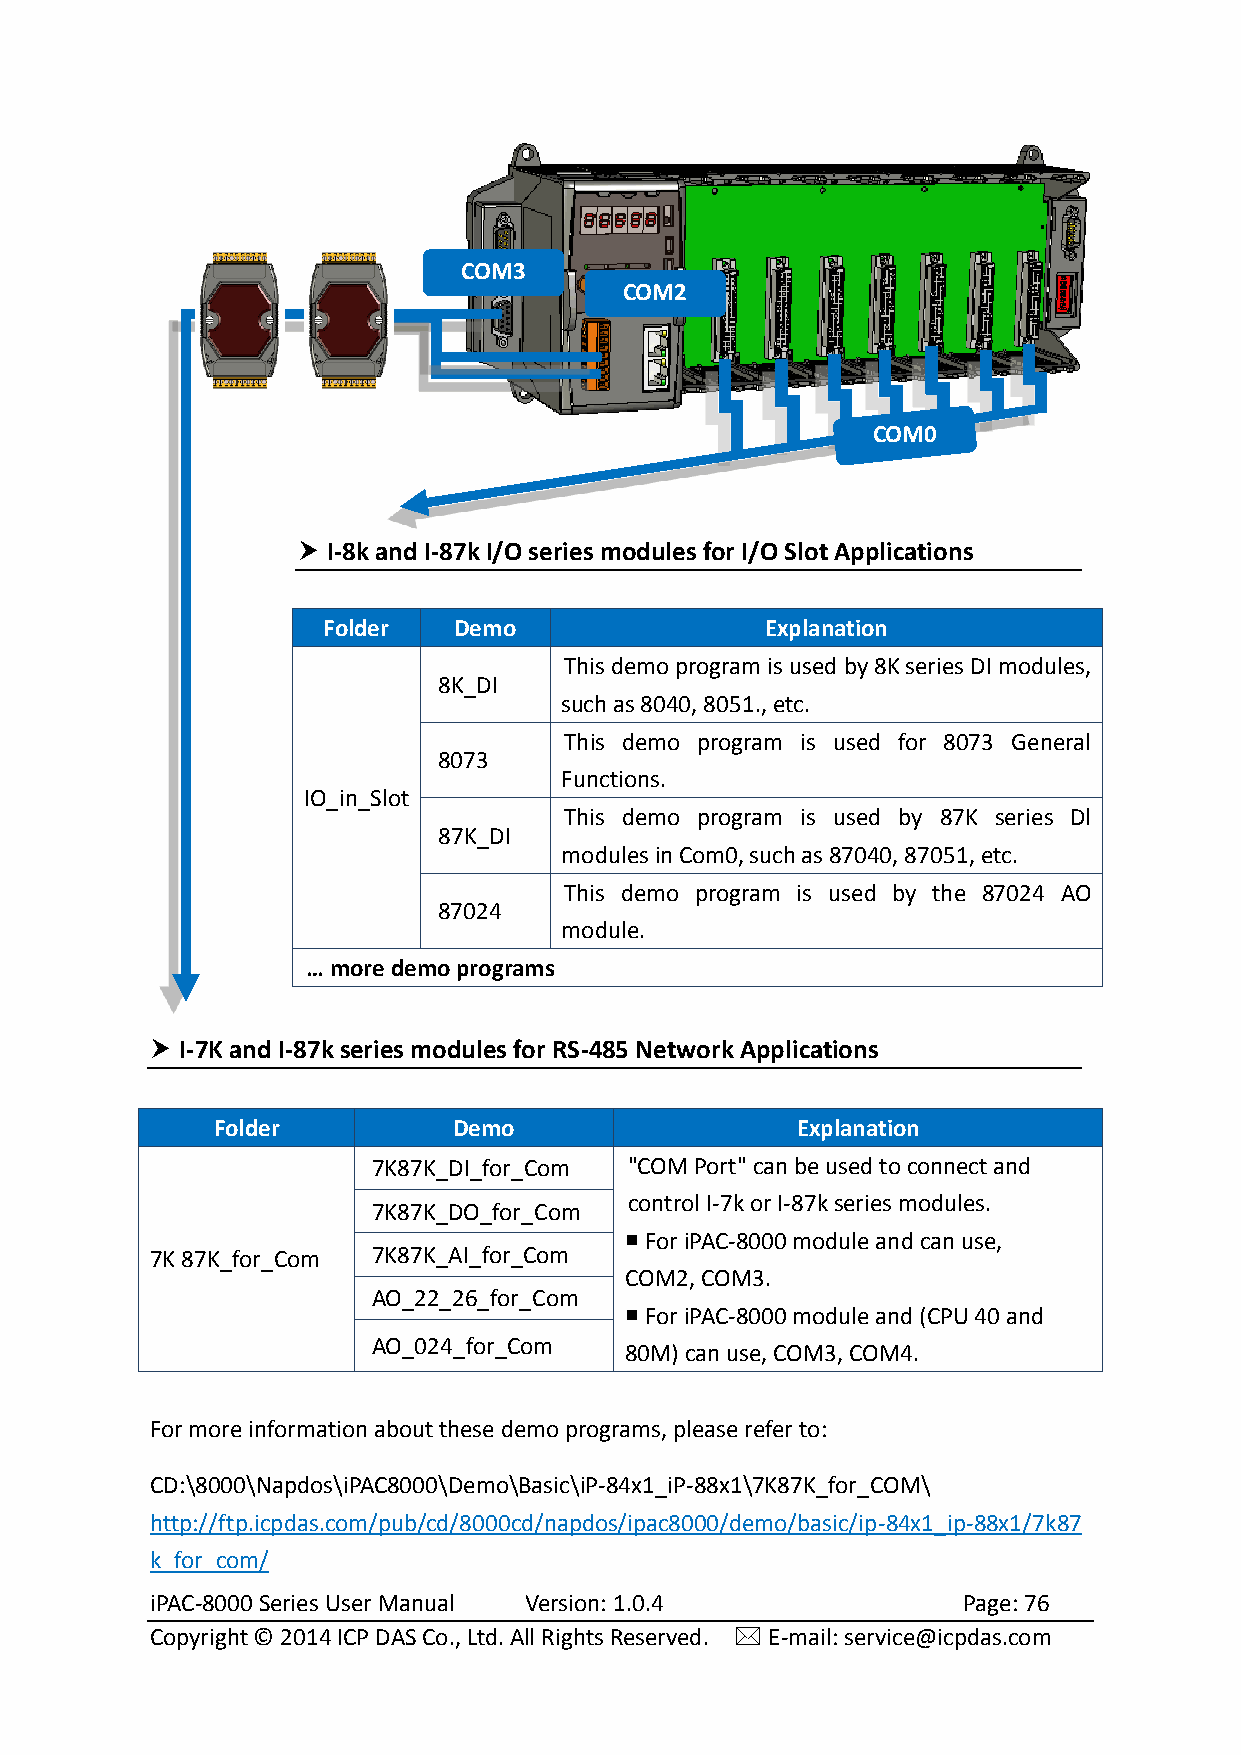
COM3
 COM2
 COM0
  I-8k and I-87k I/O series modules for I/O Slot Applications
 Folder   Demo                 Explanation
 This demo program is used by 8K series DI modules,
 8K_DI
 such as 8040, 8051., etc.
 This demo program is used for 8073 General
 8073
 Functions.
 IO_in_Slot
 This demo program is used by 87K series Dl
 87K_DI
 modules in Com0, such as 87040, 87051, etc.
 This demo program is used by the 87024 AO
 87024
 module.
 … more demo programs
  I-7K and I-87k series modules for RS-485 Network Applications
 Folder          Demo                   Explanation
 7K87K_DI_for_Com "COM Port" can be used to connect and
 control I-7k or I-87k series modules.
 7K87K_DO_for_Com
  For iPAC-8000 module and can use,
 7K 87K_for_Com 7K87K_AI_for_Com
 COM2, COM3.
 AO_22_26_for_Com
  For iPAC-8000 module and (CPU 40 and
 AO_024_for_Com
 80M) can use, COM3, COM4.
 For more information about these demo programs, please refer to:
 CD:\8000\Napdos\iPAC8000\Demo\Basic\iP-84x1_iP-88x1\7K87K_for_COM\
 http://ftp.icpdas.com/pub/cd/8000cd/napdos/ipac8000/demo/basic/ip-84x1_ip-88x1/7k87
 k_for_com/
 iPAC-8000 Series User Manual Version: 1.0.4           Page: 76
 Copyright © 2014 ICP DAS Co., Ltd. All Rights Reserved.  E-mail: service@icpdas.com